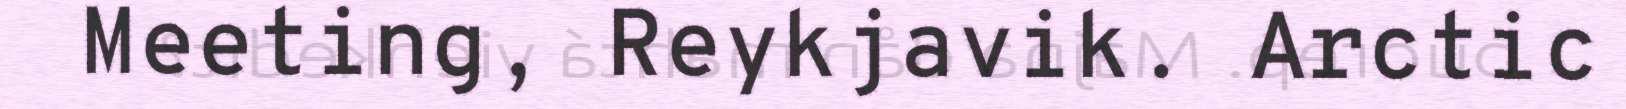
Meeting, Reykjavik. Arctic